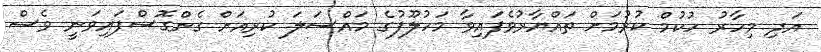
އަދި މިހާރު ހުކުމް ކުރުމަށް ތައްޔާރުވެފައިވާ މަހުލޫފުގެ މައްސަލަ ކުރިއަށް ގެންގޮސްފައިވަނީ ވެސް